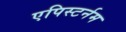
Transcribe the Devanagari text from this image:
एपिस्टर्नम